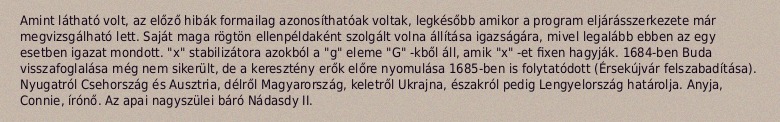
Amint látható volt, az előző hibák formailag azonosíthatóak voltak, legkésőbb amikor a program eljárásszerkezete már megvizsgálható lett. Saját maga rögtön ellenpéldaként szolgált volna állítása igazságára, mivel legalább ebben az egy esetben igazat mondott. "x" stabilizátora azokból a "g" eleme "G" -kből áll, amik "x" -et fixen hagyják. 1684-ben Buda visszafoglalása még nem sikerült, de a keresztény erők előre nyomulása 1685-ben is folytatódott (Érsekújvár felszabadítása). Nyugatról Csehország és Ausztria, délről Magyarország, keletről Ukrajna, északról pedig Lengyelország határolja. Anyja, Connie, írónő. Az apai nagyszülei báró Nádasdy II.